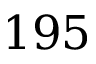
1 9 5